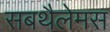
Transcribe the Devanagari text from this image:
सबथैलेमस